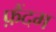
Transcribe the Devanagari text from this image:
फ़ैंदम